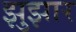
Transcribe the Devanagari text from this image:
झुझार